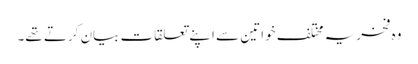
وہ فخریہ مختلف خواتین سے اپنے تعلقات بیان کرتے تھے۔